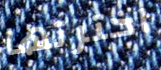
اخترتها